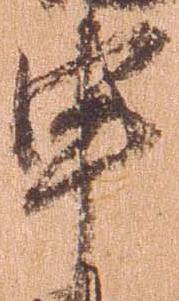
申